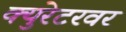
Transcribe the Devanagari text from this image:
क्युरेटरवर